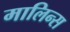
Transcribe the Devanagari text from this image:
मालिन्स